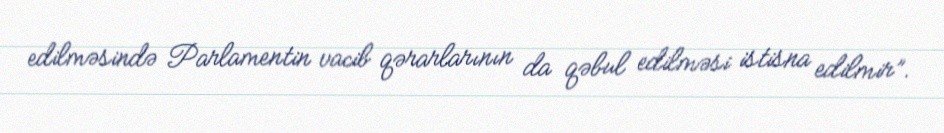
edilməsində Parlamentin vacib qərarlarının da qəbul edilməsi istisna edilmir”.